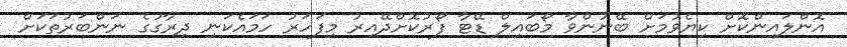
އޮންލައިންކޮށް ކިޔެވުމަށް ބޭނުންވާ މޯބައިލް ޑޭޓާ ފޯރުކޮށްދޭއިރު މިފަހަރު ހަމައެކަނި ދިރާގުގެ ނަންބަރުތަކަށް